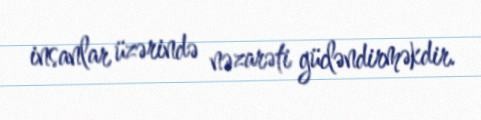
insanlar üzərində nəzarəti gücləndirməkdir.